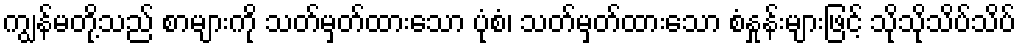
ကျွန်မတို့သည် စာများကို သတ်မှတ်ထားသော ပုံစံ၊ သတ်မှတ်ထားသော စံနှုန်းများဖြင့် သိုသိုသိပ်သိပ်